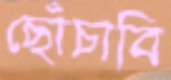
ছোঁচাবি